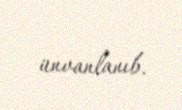
ünvanlanıb.